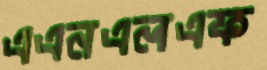
এএনএলএফ